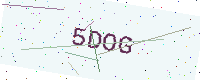
Text: 5DOG